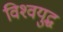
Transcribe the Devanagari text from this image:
विश्‍वयुद्ध